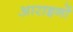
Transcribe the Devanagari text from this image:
आराइनों